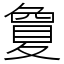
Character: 𡕷